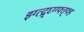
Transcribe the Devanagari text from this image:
झ्ग्त्द्र्घ्ग्ग्फ्त्फ्ह